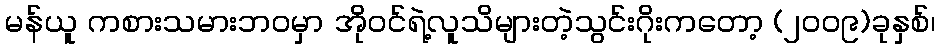
မန်ယူ ကစားသမားဘဝမှာ အိုဝင်ရဲ့လူသိများတဲ့သွင်းဂိုးကတော့ (၂၀၀၉)ခုနှစ်၊